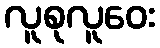
လူစုလူဝေး